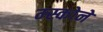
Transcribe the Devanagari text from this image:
म्स्कोने